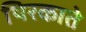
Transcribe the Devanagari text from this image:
थिरकाते